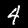
Digit: 4